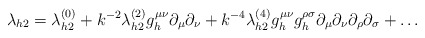
\begin{align*}\lambda_{h2} = \lambda_{h2}^{(0)} + k^{-2}\lambda_{h2}^{(2)} g_h^{\mu\nu} \partial_{\mu} \partial_{\nu} + k^{-4}\lambda_{h2}^{(4)} g_h^{\mu \nu} g_h^{\rho \sigma} \partial_\mu \partial_\nu \partial_\rho\partial_\sigma + \ldots\end{align*}